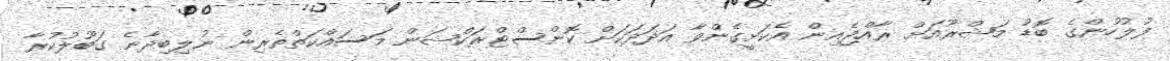
ފުލުހުންގެ ބޮޑު މަޝްރޫއަށް ރާއްޖެއިން އެކަށީގެންވާ އަދަދަކަށް ކޮންސްޓްރަކްޝަން މަސައްކަތްތެރިން ނުލިބިދާނެ ގަބޫލުކުރާ